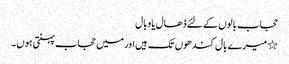
حجاب بالوں کے لئے ڈھال یا وبال
٭میرے بال کندھوں تک ہیں اور میں حجاب پہنتی ہوں۔